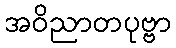
အဝိညာတပုဗ္ဗာ